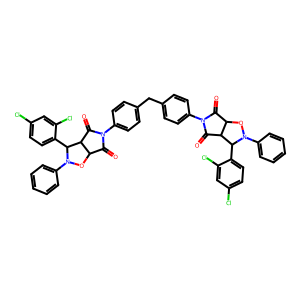
SMILES: O=C1C2ON(c3ccccc3)C(c3ccc(Cl)cc3Cl)C2C(=O)N1c1ccc(Cc2ccc(N3C(=O)C4ON(c5ccccc5)C(c5ccc(Cl)cc5Cl)C4C3=O)cc2)cc1
Inhibits HIV replication: No